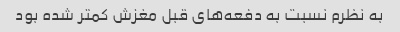
به نظرم نسبت به دفعه‌های قبل مغزش کمتر شده بود